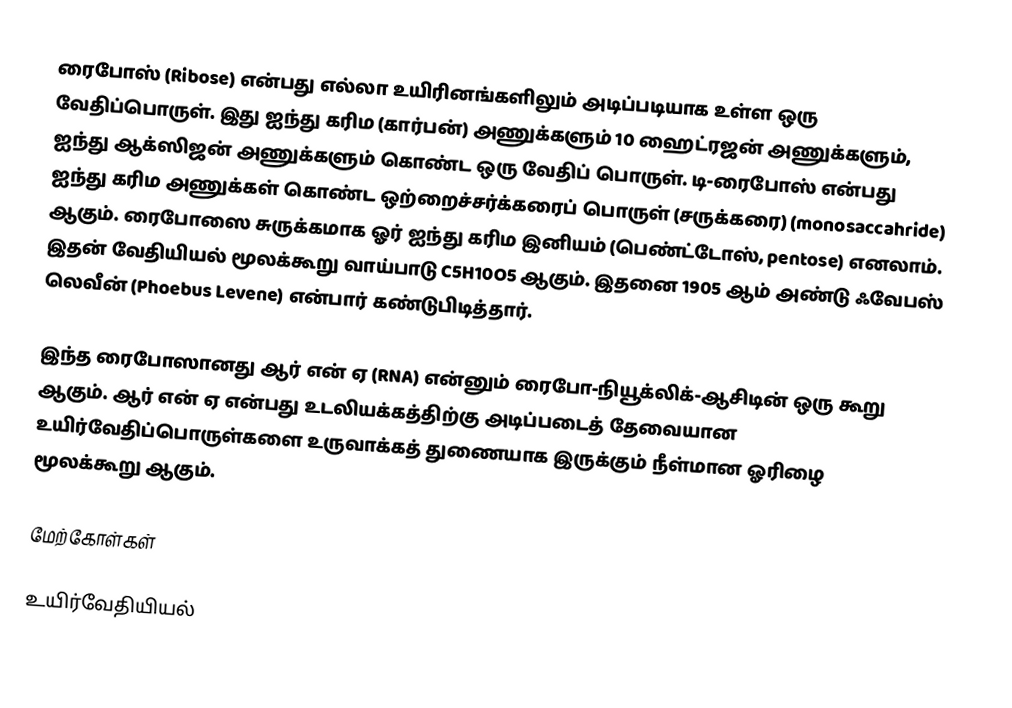
ரைபோஸ் (Ribose) என்பது எல்லா உயிரினங்களிலும் அடிப்படியாக உள்ள ஒரு வேதிப்பொருள். இது ஐந்து கரிம (கார்பன்) அணுக்களும் 10 ஹைட்ரஜன் அணுக்களும், ஐந்து ஆக்ஸிஜன் அணுக்களும் கொண்ட ஒரு வேதிப் பொருள். டி-ரைபோஸ் என்பது ஐந்து கரிம அணுக்கள் கொண்ட ஒற்றைச்சர்க்கரைப் பொருள் (சருக்கரை) (monosaccahride) ஆகும். ரைபோஸை சுருக்கமாக ஓர் ஐந்து கரிம இனியம் (பெண்ட்டோஸ், pentose) எனலாம். இதன் வேதியியல் மூலக்கூறு வாய்பாடு C5H10O5 ஆகும். இதனை 1905 ஆம் அண்டு ஃவேபஸ் லெவீன் (Phoebus Levene) என்பார் கண்டுபிடித்தார்.

இந்த ரைபோஸானது ஆர் என் ஏ (RNA) என்னும் ரைபோ-நியூக்லிக்-ஆசிடின் ஒரு கூறு ஆகும். ஆர் என் ஏ என்பது உடலியக்கத்திற்கு அடிப்படைத் தேவையான உயிர்வேதிப்பொருள்களை உருவாக்கத் துணையாக இருக்கும் நீள்மான ஓரிழை மூலக்கூறு ஆகும்.

மேற்கோள்கள்

உயிர்வேதியியல்